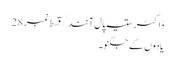
ڈاکٹر ستیہ پال آنند/ قسط نمبر28
یادوں کے جگنو۔